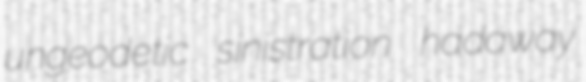
ungeodetic sinistration hadaway